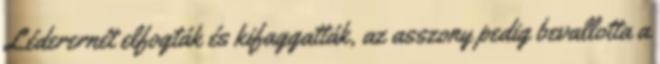
Léderernét elfogták és kifaggatták, az asszony pedig bevallotta a